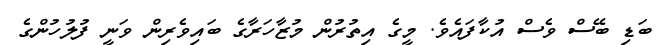
ބަޑި ބޭސް ވެސް އުކާފައެވެ. މީގެ އިތުރުން މުޒާހަރާގެ ބައިވެރިން ވަނީ ފުލުހުންގެ